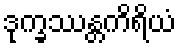
ဒုက္ခဿန္တကိရိယံ